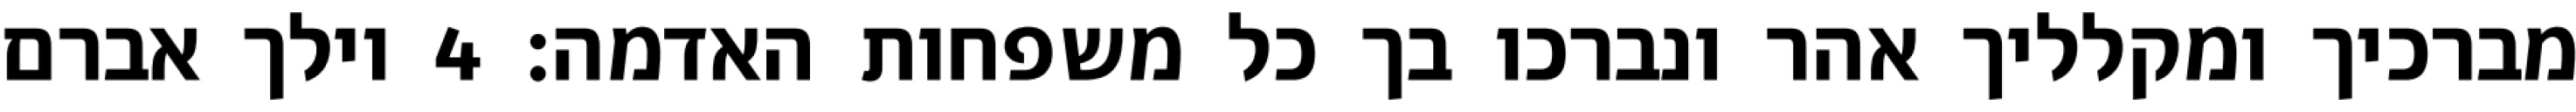
מברכיך ומקלליך אהר ונברכו בך כל משפחות האדמה׃ ‎4‏ וילך אברם